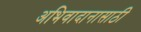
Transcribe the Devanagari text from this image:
अभिवादानासाठी